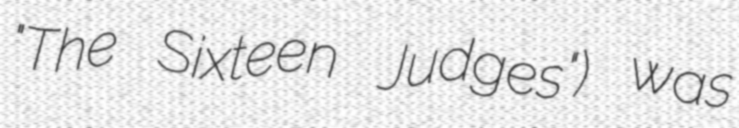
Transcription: "The Sixteen Judges") was